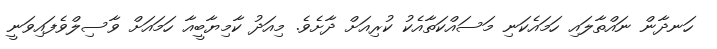
ހަނދާން ނައްތާލައި ހަމައެކަނި މަސައްކަތާއެކު ކުރިއަށް ދާށެވެ. މިއަދު ކާމިޔާބީއާ ހަމައަށް ވާސިލްވެފައިވަނީ